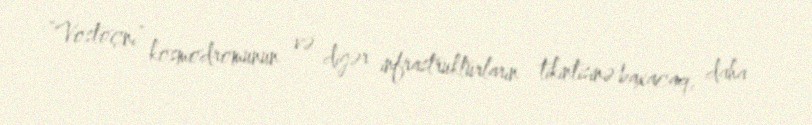
“Vostoçnı” kosmodromunun və digər infrastrukturların tikintisinə baxacaq, daha